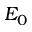
E _ { 0 }